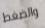
والضغط